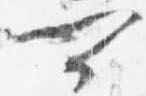
可